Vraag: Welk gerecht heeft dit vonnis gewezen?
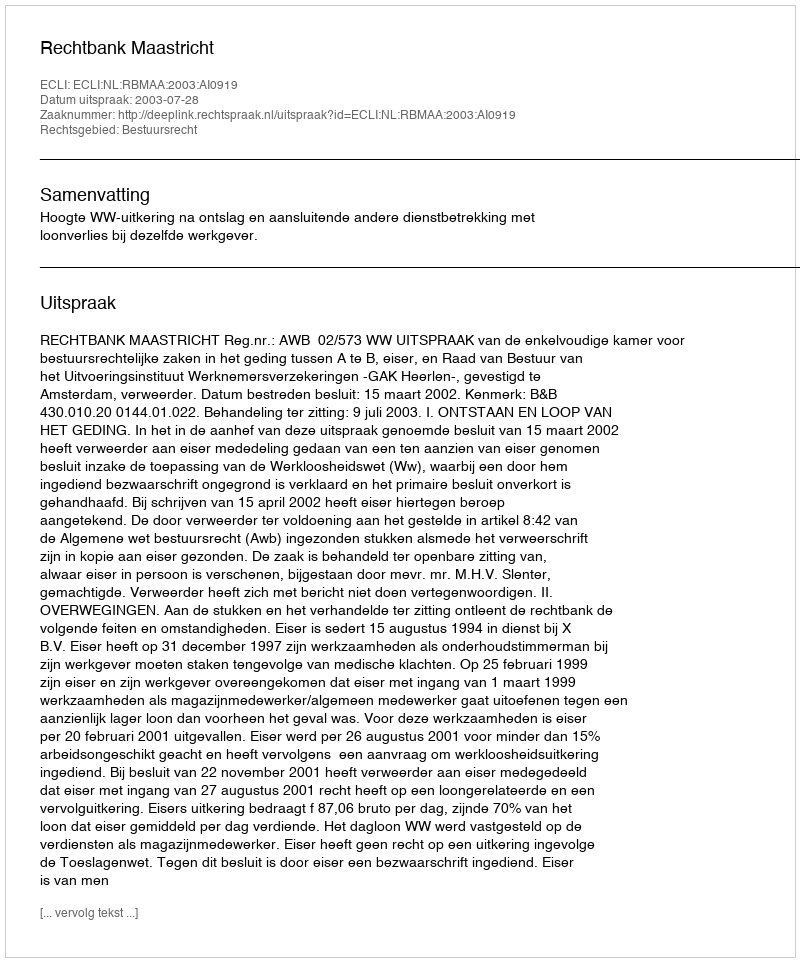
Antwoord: Rechtbank Maastricht